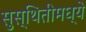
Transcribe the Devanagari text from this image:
सुस्थितीमध्ये